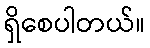
ရှိစေပါတယ်။